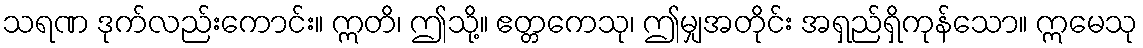
သရဏ ဒုက်လည်းကောင်း။ ဣတိ၊ ဤသို့။ ဧတ္တကေသု၊ ဤမျှအတိုင်း အရှည်ရှိကုန်သော။ ဣမေသု